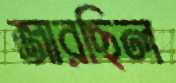
জারছিল